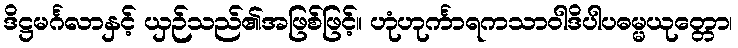
ဒိဋ္ဌမင်္ဂလာနှင့် ယှဉ်သည်၏အဖြစ်ဖြင့်။ ဟုံဟုင်္ကာရကသာဝါဒိပါပဓမ္မယုတ္တော၊